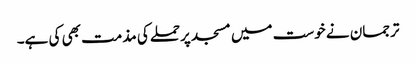
ترجمان نے خوست میں مسجد پرحملےکی مذمت بھی کی ہے۔